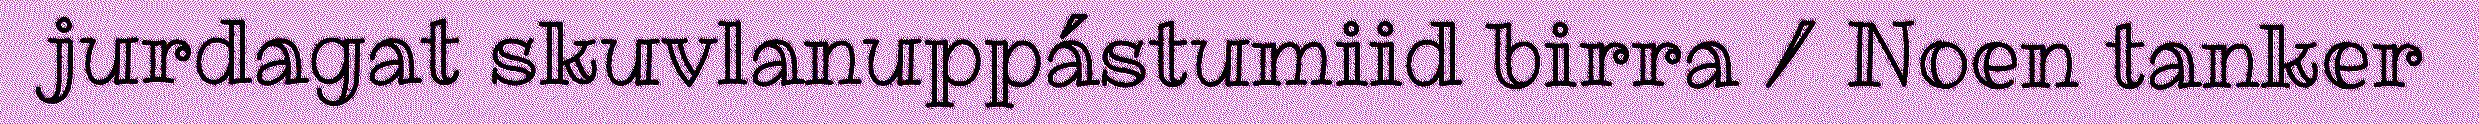
jurdagat skuvlanuppástumiid birra / Noen tanker